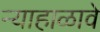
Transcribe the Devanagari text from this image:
न्याहाळावे